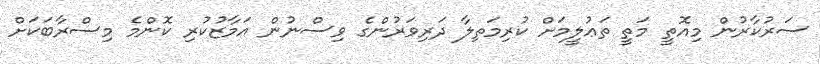
ސަރުކާރުން މިއޮތީ މަތީ ތަޢުލީމަށް ކުރިމަތިލާ ދަރިވަރުންގެ ވިސްނުން އަމާޒުކުރި ކޮންމެ މިސްރާބަކަށް